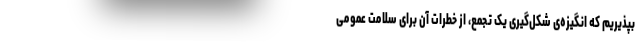
بپذیریم که انگیزه‌ی شکل‌گیری یک تجمع، از خطرات آن برای سلامت عمومی